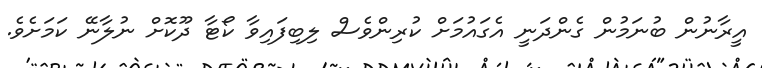
އީރާނުން ބުނަމުން ގެންދަނީ އެގައުމަށް ކުރިންވެސް ލިބިފައިވާ ކޯޓާ ދޫކޮށް ނުލާނޭ ކަމަށެވެ.